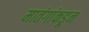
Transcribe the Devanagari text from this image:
मातंगांकडून